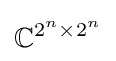
\mathbb {C} ^{2^{n}\times 2^{n}}